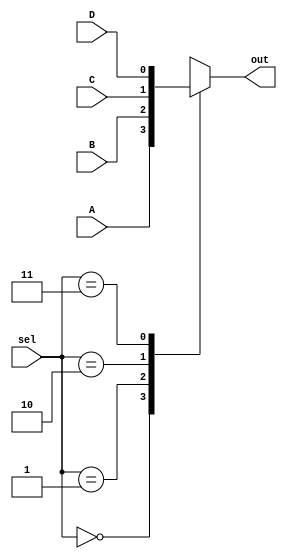
module mux_4_1 (
input wire A              ,
input wire B              ,
input wire C              ,
input wire D              ,
input wire [1:0] sel      ,
output reg out      
);

always@(*)
 begin
   case(sel) 
        2'b00 : begin                 
	                 out <=  A ;       
	              end
        	2'b01 : begin
	                 out <= B ;      
	               end	
	       2'b10 : begin
	                 out <= C ;       
	               end	
	       2'b11 : begin
	                 out <= D ;      
	               end		
	 endcase   
 end 
endmodule